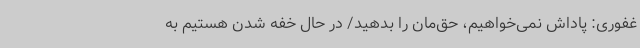
غفوری: پاداش نمی‌خواهیم، حق‌مان را بدهید/ در حال خفه شدن هستیم به